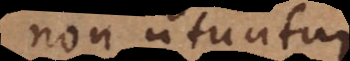
non utuntur.